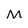
Character: M